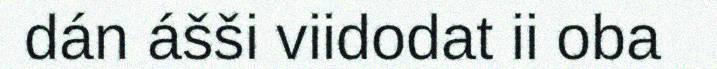
dán ášši viidodat ii oba